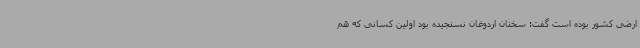
ارضی کشور بوده است گفت: سخنان اردوغان نسنجیده بود اولین کسانی که هم